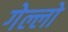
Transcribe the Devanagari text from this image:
गेल्लो